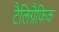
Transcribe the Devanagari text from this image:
टैलिग्रैफिक